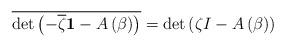
LaTeX: \begin{align*}\overline{\det\left( -\overline{\zeta}\mathbf{1}-A\left( \beta\right)\right) }=\det\left( \zeta I-A\left( \beta\right) \right) \end{align*}